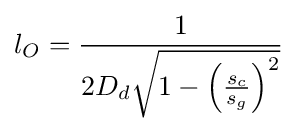
l_{O}={\frac {1}{2D_{d}{\sqrt {1-\left({\frac {s_{c}}{s_{g}}}\right)^{2}}}}}